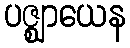
ပဇ္ဈာယေန